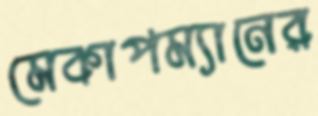
মেকাপম্যানের